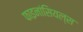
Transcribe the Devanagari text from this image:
फाइनांसियल्स